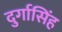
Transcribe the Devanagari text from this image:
दुर्गासिंह